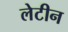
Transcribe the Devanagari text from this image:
लेटीन